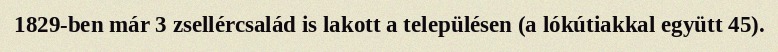
1829-ben már 3 zsellércsalád is lakott a településen (a lókútiakkal együtt 45).